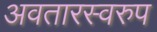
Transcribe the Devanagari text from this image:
अवतारस्वरुप